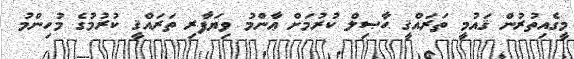
މީގެއިތުރުން ޤައުމީ ތަރައްޤީ ޙާޞިލް ކުރުމަށް ޢާންމު ވިޔަފާރި ތަރައްޤީ ކުރުމުގެ މުހިންމު